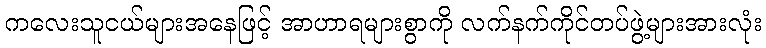
ကလေးသူငယ်များအနေဖြင့် အာဟာရများစွာကို လက်နက်ကိုင်တပ်ဖွဲ့များအားလုံး